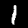
Label: 1